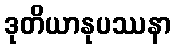
ဒုတိယာနုပဿနာ